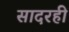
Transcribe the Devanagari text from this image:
सादरही